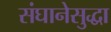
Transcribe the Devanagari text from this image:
संघानेसुद्धा